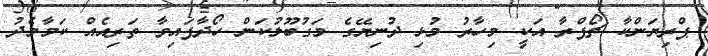
ޕްރިޔަންކާ ޗޯޕްރާ އަކީ މިހާރު މުޅި ދުނިޔޭގެ މަގުބޫލުކަން ހޯދާފައިވާ ތަރިއެއް ކަމާމެދު